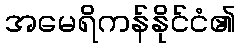
အမေရိကန်နိုင်ငံ၏